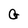
Character: G